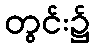
တွင်း၌